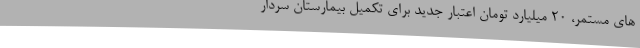
های مستمر، 20 میلیارد تومان اعتبار جدید برای تکمیل بیمارستان سردار